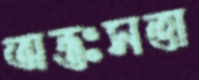
অন্তঃসত্তা